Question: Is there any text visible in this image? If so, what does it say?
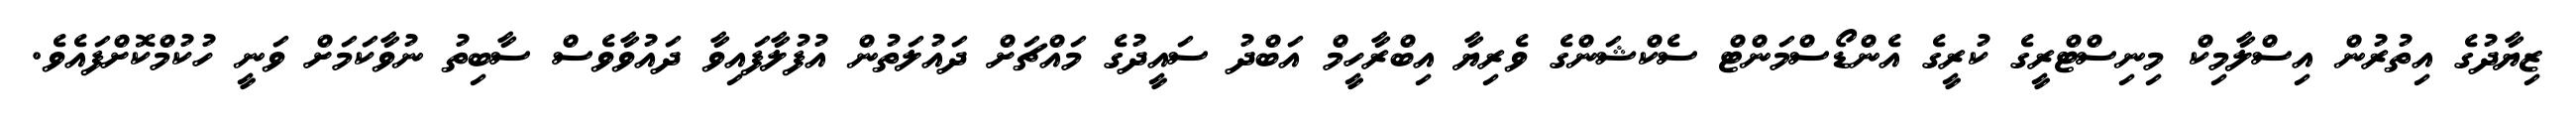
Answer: ޒިޔާދުގެ އިތުރުން އިސްލާމިކް މިނިސްޓްރީގެ ކުރީގެ އެންޑޯސްމަންޓް ސެކްޝަންގެ ވެރިޔާ އިބްރާހީމް އަބްދު ސައީދުގެ މައްޗަށް ދައުލަތުން އުފުލާފައިވާ ދައުވާވެސް ސާބިތު ނުވާކަމަށް ވަނީ ހުކުމްކޮށްފައެވެ.